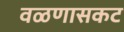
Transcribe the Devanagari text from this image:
वळणासकट